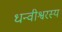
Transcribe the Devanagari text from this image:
धन्वीश्वरस्य